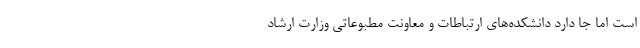
است اما جا دارد دانشکده‌های ارتباطات و معاونت مطبوعاتی وزارت ارشاد